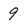
Character: 9